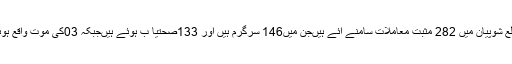
اِدھرضلع شوپیان میں 282 مثبت معاملات سامنے آئے ہیںجن میں146 سرگرم ہیں اور 133صحتیا ب ہوئے ہیںجبکہ 03کی موت واقع ہوئی ہے۔